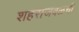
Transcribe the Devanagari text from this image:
शहराजवळची